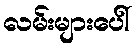
လမ်းများပေါ်